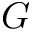
G